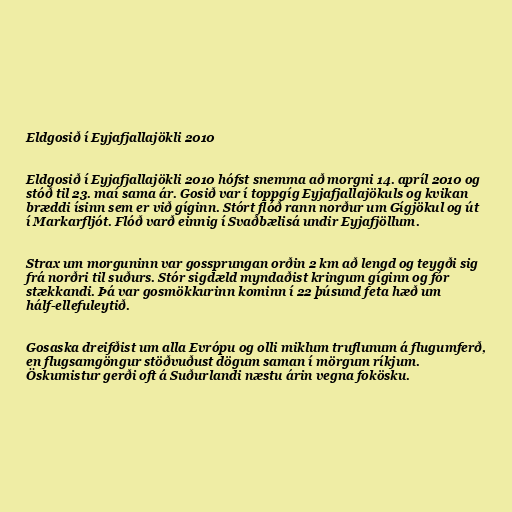
Eldgosið í Eyjafjallajökli 2010

Eldgosið í Eyjafjallajökli 2010 hófst snemma að morgni 14. apríl 2010 og
stóð til 23. maí sama ár. Gosið var í toppgíg Eyjafjallajökuls og kvikan
bræddi ísinn sem er við gíginn. Stórt flóð rann norður um Gígjökul og út
í Markarfljót. Flóð varð einnig í Svaðbælisá undir Eyjafjöllum.

Strax um morguninn var gossprungan orðin 2 km að lengd og teygði sig
frá norðri til suðurs. Stór sigdæld myndaðist kringum gíginn og fór
stækkandi. Þá var gosmökkurinn kominn í 22 þúsund feta hæð um
hálf-ellefuleytið.

Gosaska dreifðist um alla Evrópu og olli miklum truflunum á flugumferð,
en flugsamgöngur stöðvuðust dögum saman í mörgum ríkjum.
Öskumistur gerði oft á Suðurlandi næstu árin vegna fokösku.